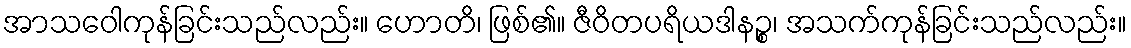
အာသဝေါကုန်ခြင်းသည်လည်း။ ဟောတိ၊ ဖြစ်၏။ ဇီဝိတပရိယဒါနဉ္စ၊ အသက်ကုန်ခြင်းသည်လည်း။